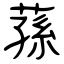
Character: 蓀